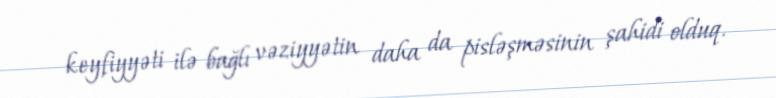
keyfiyyəti ilə bağlı vəziyyətin daha da pisləşməsinin şahidi olduq.